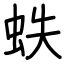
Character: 蛈